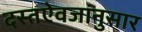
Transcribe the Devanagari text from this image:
दस्तऐवजांनुसार